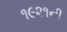
૧૯૨૧ની